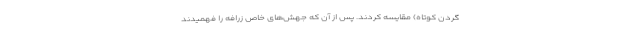
گردن کوتاه) مقایسه کردند. پس از آن که جهش‌های خاص زرافه را فهمیدند